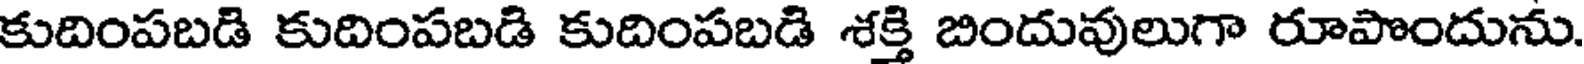
కుదింపబడి కుదింపబడి కుదింపబడి శక్తి బిందువులుగా రూపొందును